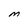
Character: M